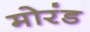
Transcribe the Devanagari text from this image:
मोरंड